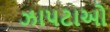
ઝાપટાઓ